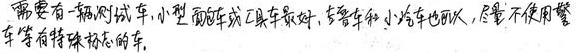
需要有一辆测试车,小型面包车或工具车最好,吉普车和小客车也可以,尽量不使用警
车等有特殊标志的车.